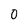
Character: 0